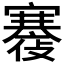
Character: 𡫪